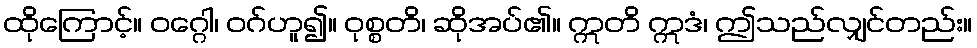
ထိုကြောင့်။ ဝဂ္ဂေါ၊ ဝဂ်ဟူ၍။ ဝုစ္စတိ၊ ဆိုအပ်၏။ ဣတိ ဣဒံ၊ ဤသည်လျှင်တည်း။